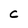
Character: C